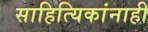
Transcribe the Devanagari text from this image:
साहित्यिकांनाही